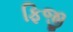
ફિજી